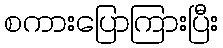
စကားပြောကြားပြီး